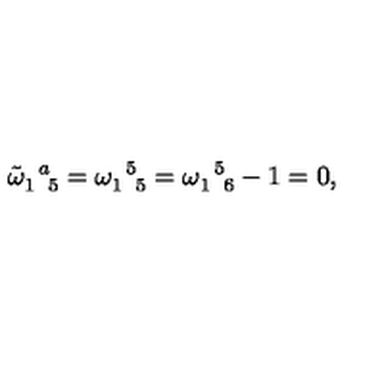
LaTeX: \tilde { \omega } _ { 1 \enskip 5 } ^ { \enskip a } = \omega _ { 1 \enskip 5 } ^ { \enskip 5 } = \omega _ { 1 \enskip 6 } ^ { \enskip 5 } - 1 = 0 ,